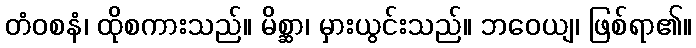
တံဝစနံ၊ ထိုစကားသည်။ မိစ္ဆာ၊ မှားယွင်းသည်။ ဘဝေယျ၊ ဖြစ်ရာ၏။